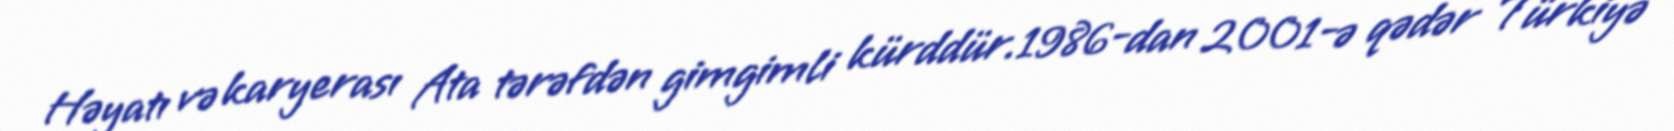
Həyatı və karyerası Ata tərəfdən gimgimli kürddür.1986-dan 2001-ə qədər Türkiyə